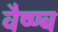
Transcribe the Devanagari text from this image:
वैष्ण्ब